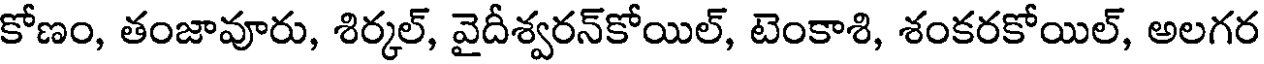
కోణం, తంజావూరు, శిర్కల్, వైదీశ్వరన్కోయిల్, టెంకాశి, శంకరకోయిల్, అలగర